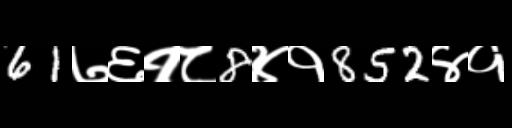
Text: 61७६१८8४१852४१